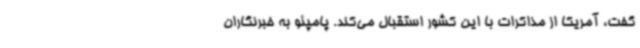
گفت، آمریکا از مذاکرات با این کشور استقبال می‌کند. پامپئو به خبرنگاران